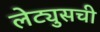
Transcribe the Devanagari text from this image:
लेट्युसची